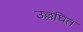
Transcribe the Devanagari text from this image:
उल्लंघित